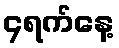
၄ရက်နေ့